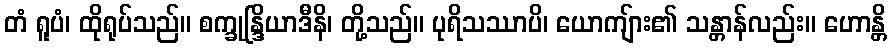
တံ ရူပံ၊ ထိုရုပ်သည်။ စက္ခုန္ဒြိယာဒီနိ၊ တို့သည်။ ပုရိသဿာပိ၊ ယောကျ်ား၏ သန္တာန်လည်း။ ဟောန္တိ